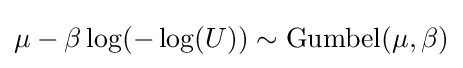
\mu -\beta \log(-\log(U))\sim \mathrm {Gumbel} (\mu ,\beta )